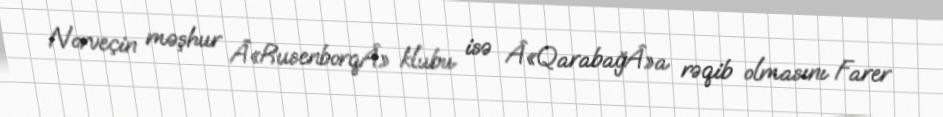
Norveçin məşhur Â«RusenborqÂ» klubu isə Â«QarabağÂ»a rəqib olmasını Farer